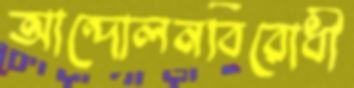
আন্দোলনবিরোধী